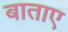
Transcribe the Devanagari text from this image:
बाताए